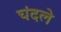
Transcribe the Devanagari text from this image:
चंदले